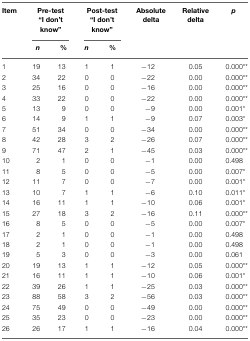
<table><thead><tr><td><b>Item</b></td><td colspan="2"><b>Pre-test “I don’t know”</b></td><td colspan="2"><b>Post-test “I don’t know”</b></td><td><b>Absolute delta</b></td><td><b>Relative delta</b></td><td><b><i>p</i></b></td></tr><tr><td></td><td><b><i>n</i></b></td><td><b>%</b></td><td><b><i>n</i></b></td><td><b>%</b></td><td></td></tr></thead><tbody><tr><td>1</td><td>19</td><td>13</td><td>1</td><td>1</td><td>−12</td><td>0.05</td><td>0.000**</td></tr><tr><td>2</td><td>34</td><td>22</td><td>0</td><td>0</td><td>−22</td><td>0.00</td><td>0.000**</td></tr><tr><td>3</td><td>25</td><td>16</td><td>0</td><td>0</td><td>−16</td><td>0.00</td><td>0.000**</td></tr><tr><td>4</td><td>33</td><td>22</td><td>0</td><td>0</td><td>−22</td><td>0.00</td><td>0.000**</td></tr><tr><td>5</td><td>13</td><td>9</td><td>0</td><td>0</td><td>−9</td><td>0.00</td><td>0.001*</td></tr><tr><td>6</td><td>14</td><td>9</td><td>1</td><td>1</td><td>−9</td><td>0.07</td><td>0.003*</td></tr><tr><td>7</td><td>51</td><td>34</td><td>0</td><td>0</td><td>−34</td><td>0.00</td><td>0.000**</td></tr><tr><td>8</td><td>42</td><td>28</td><td>3</td><td>2</td><td>−26</td><td>0.07</td><td>0.000**</td></tr><tr><td>9</td><td>71</td><td>47</td><td>2</td><td>1</td><td>−45</td><td>0.03</td><td>0.000**</td></tr><tr><td>10</td><td>2</td><td>1</td><td>0</td><td>0</td><td>−1</td><td>0.00</td><td>0.498</td></tr><tr><td>11</td><td>8</td><td>5</td><td>0</td><td>0</td><td>−5</td><td>0.00</td><td>0.007*</td></tr><tr><td>12</td><td>11</td><td>7</td><td>0</td><td>0</td><td>−7</td><td>0.00</td><td>0.001*</td></tr><tr><td>13</td><td>10</td><td>7</td><td>1</td><td>1</td><td>−6</td><td>0.10</td><td>0.011*</td></tr><tr><td>14</td><td>16</td><td>11</td><td>1</td><td>1</td><td>−10</td><td>0.06</td><td>0.001*</td></tr><tr><td>15</td><td>27</td><td>18</td><td>3</td><td>2</td><td>−16</td><td>0.11</td><td>0.000**</td></tr><tr><td>16</td><td>8</td><td>5</td><td>0</td><td>0</td><td>−5</td><td>0.00</td><td>0.007*</td></tr><tr><td>17</td><td>2</td><td>1</td><td>0</td><td>0</td><td>−1</td><td>0.00</td><td>0.498</td></tr><tr><td>18</td><td>2</td><td>1</td><td>0</td><td>0</td><td>−1</td><td>0.00</td><td>0.498</td></tr><tr><td>19</td><td>5</td><td>3</td><td>0</td><td>0</td><td>−3</td><td>0.00</td><td>0.061</td></tr><tr><td>20</td><td>19</td><td>13</td><td>1</td><td>1</td><td>−12</td><td>0.05</td><td>0.000**</td></tr><tr><td>21</td><td>16</td><td>11</td><td>1</td><td>1</td><td>−10</td><td>0.06</td><td>0.001*</td></tr><tr><td>22</td><td>39</td><td>26</td><td>1</td><td>1</td><td>−25</td><td>0.03</td><td>0.000**</td></tr><tr><td>23</td><td>88</td><td>58</td><td>3</td><td>2</td><td>−56</td><td>0.03</td><td>0.000**</td></tr><tr><td>24</td><td>75</td><td>49</td><td>0</td><td>0</td><td>−49</td><td>0.00</td><td>0.000**</td></tr><tr><td>25</td><td>35</td><td>23</td><td>0</td><td>0</td><td>−23</td><td>0.00</td><td>0.000**</td></tr><tr><td>26</td><td>26</td><td>17</td><td>1</td><td>1</td><td>−16</td><td>0.04</td><td>0.000**</td></tr></tbody></table>